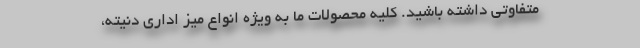
متفاوتی داشته باشید. کلیه محصولات ما به ویژه انواع میز اداری دنیته،